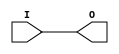
// $Header: /devl/xcs/repo/env/Databases/CAEInterfaces/verunilibs/s/IBUFG_LVCMOS12.v,v 1.2 2003/01/21 01:55:24 wloo Exp $

/*

FUNCTION	: INPUT BUFFER

*/

`timescale  100 ps / 10 ps


module IBUFG_LVCMOS12 (O, I);

    output O;

    input  I;

	buf B1 (O, I);

    specify
	(I *> O) = (0, 0);
    endspecify

endmodule